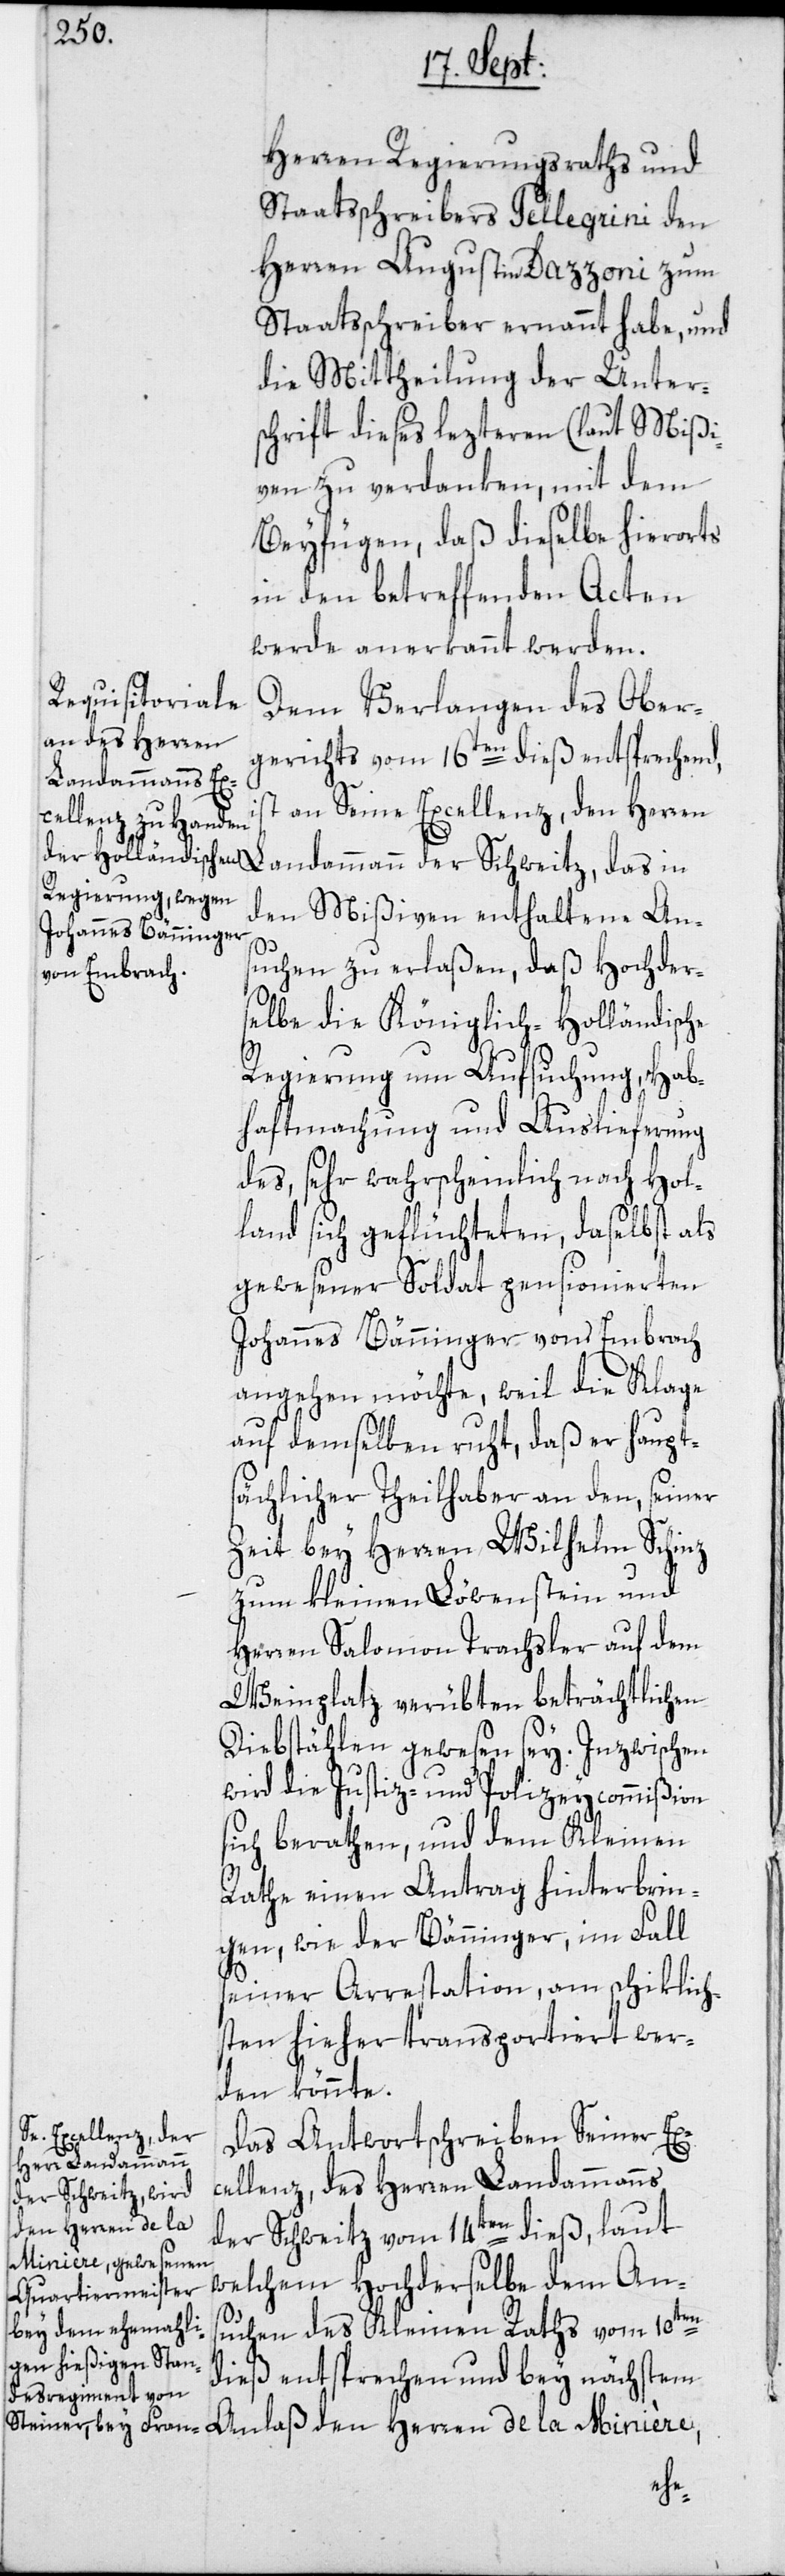
Herren Regierungsraths und
Staatsschreibers Pellegrini den
Herren Augustin Dazzoni zum
Staatsschreiber ernannt habe, und
die Mittheilung der Unter¬
schrift dieses lezteren (laut Mißi¬
ven) zu verdanken, mit dem
Beyfügen, daß dieselbe hierorts
in den betreffenden Acten
werde anerkannt werden.
Dem Verlangen des Ober¬
gerichts vom 16ten dieß entsprechend,
Landammann
an Seine Excellenz, den Herren
den Mißiven enthaltene An¬
suchen zu erlaßen, daß Hochder¬
selbe die Königlich-Holländische
Regierung um Aufsuchung, Hab¬
haftmachung und Auslieferung
des, sehr wahrscheinlich nach Hol¬
land sich geflüchteten, daselbst als
gewesener Soldat pensionierten
Johannes Bänninger von Embrach
angehen möchte, weil die Klage
auf demselben ruht, daß er haupt¬
sächlicher Theilhaber an den, seiner
Zeit bey Herren Wilhelm Schinz
zum kleinen Löwenstein und
Herren Salomon Trachsler auf dem
Weinplatz verübten beträchtlichen
Diebstählen gewesen sey. Inzwischen
wird die Justiz- und Polizeycommißion
sich berathen, und dem Kleinen
Rathe einen Antrag hinterbrin¬
gen, wie der Bänninger, im Fall
seiner Arrestation, am schiklich¬
sten hieher transportiert wer¬
den könnte.
Das Antwortschreiben Seiner Ex¬
cellenz, des Herren Landammanns
der Schweitz, das
der Schweitz vom 14ten dieß, laut
welchem Hochderselbe dem An¬
suchen des Kleinen Raths vom 10ten
dieß entsprechen und bey nächstem
Anlaß den Herren de la Minière,